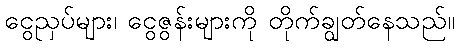
ငွေညှပ်များ၊ ငွေဇွန်းများကို တိုက်ချွတ်နေသည်။